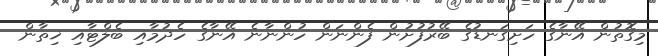
މިގޮތުން އޭނާގެ ހަށިގަނޑުގެ ބޭރުފުށުން ފެންނަން ހުންނާނެ އޭނާގެ ހެދުމާއި ބެލްޓާއި ޚިތާން